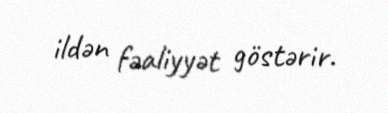
ildən fəaliyyət göstərir.